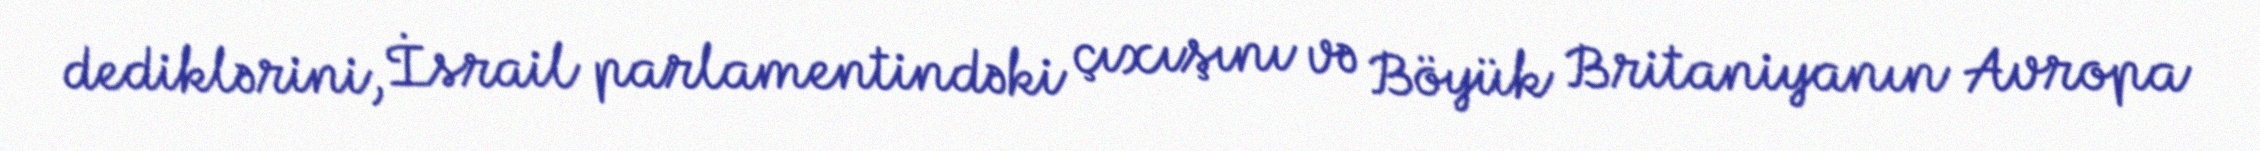
dediklərini, İsrail parlamentindəki çıxışını və Böyük Britaniyanın Avropa